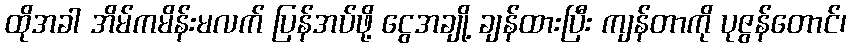
ထိုအခါ အိမ်ကမိန်းမလက် ပြန်အပ်ဖို့ ငွေအချို့ ချန်ထားပြီး ကျန်တာကို ပုဇွန်တောင်၊